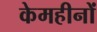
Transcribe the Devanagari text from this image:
केमहीनों